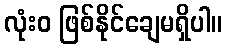
လုံးဝ ဖြစ်နိုင်ချေမရှိပါ။